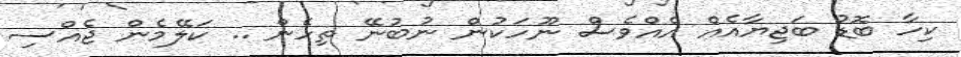
ކިހާ ބޮޑު ބަޖިޔާއެއް އެއްވެސް ނޫހަކުން ނުބުނޭ ތިހެން .. ކަލޭމެން ޖެއްސި